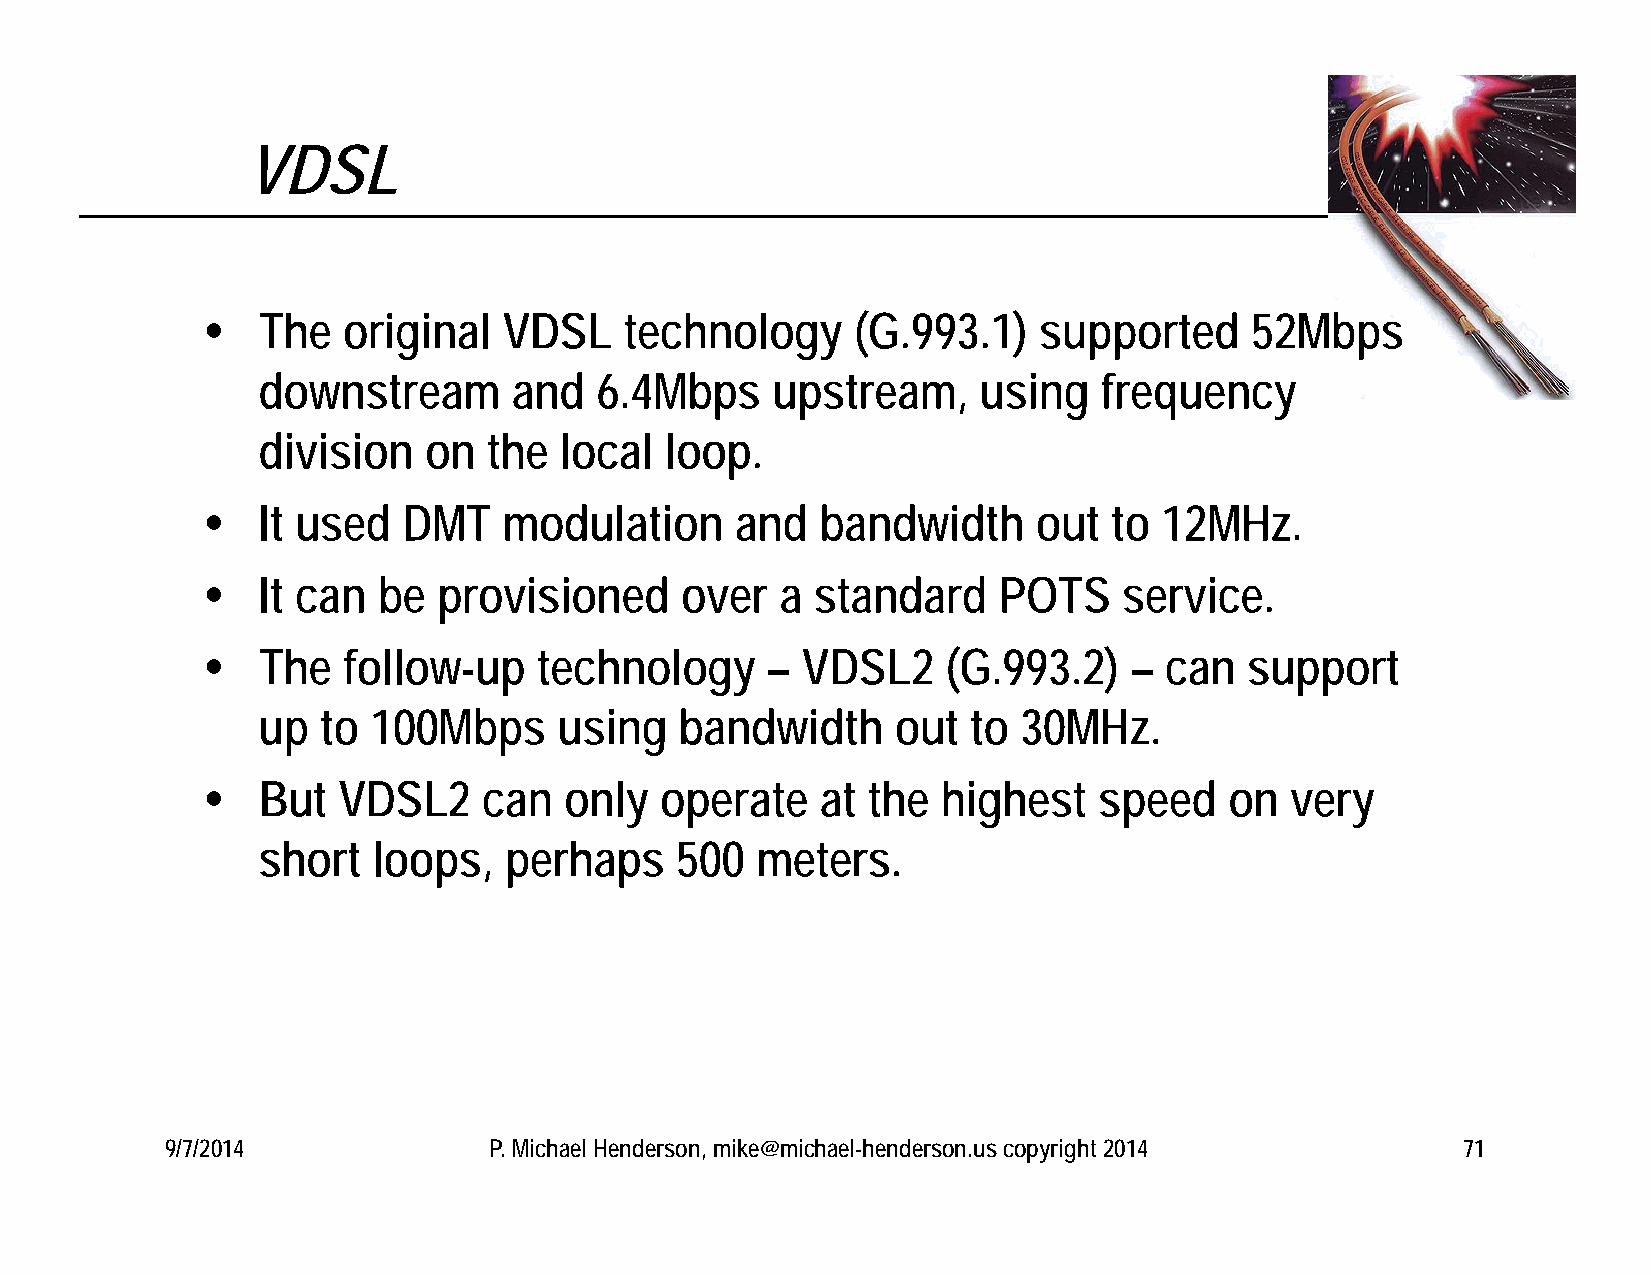
VDSL
    The   original  VDSL    technology      (G.993.1)   supported     52Mbps
 downstream       and  6.4Mbps     upstream,     using   frequency
 division   on  the  local  loop.
    It used   DMT   modulation      and  bandwidth      out  to 12MHz.
    It can  be  provisioned     over   a standard    POTS    service.
    The   follow-up    technology     – VDSL2     (G.993.2)   – can   support
 up  to  100Mbps     using   bandwidth     out  to  30MHz.
    But  VDSL2     can  only   operate   at the  highest    speed   on  very
 short   loops,  perhaps     500  meters.
 9/7/2014             P. Michael Henderson, mike@michael-henderson.us copyright 2014   71